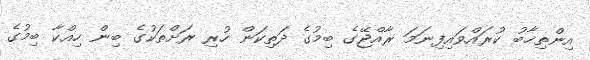
އިންތިޚާބު ކުރައްވައިފިނަމަ ރާއްޖޭގެ ބިމުގެ ދަތިކަން ހުރި ރަށްތަކުގެ ބިން ހިއްކާ ބިމުގެ